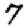
Digit: 7